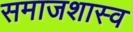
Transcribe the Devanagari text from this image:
समाजशास्व